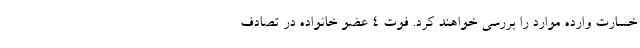
خسارت وارده موارد را بررسی خواهند کرد. فوت 4 عضو خانواده در تصادف